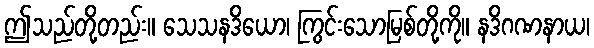
ဤသည်တို့တည်း။ သေသနဒိယော၊ ကြွင်းသောမြစ်တို့ကို။ နဒိဂဏနာယ၊